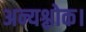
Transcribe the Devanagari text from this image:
अन्यश्लोक।